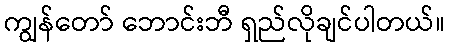
ကျွန်တော် ဘောင်းဘီ ရှည်လိုချင်ပါတယ်။